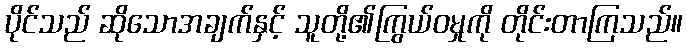
ပိုင်သည် ဆိုသောအချက်နှင့် သူတို့၏ကြွယ်ဝမှုကို တိုင်းတာကြသည်။